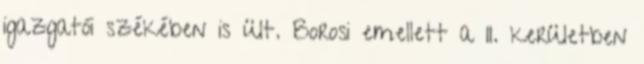
igazgatói székében is ült. Borosi emellett a II. kerületben